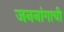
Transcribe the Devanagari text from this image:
जननांगाची